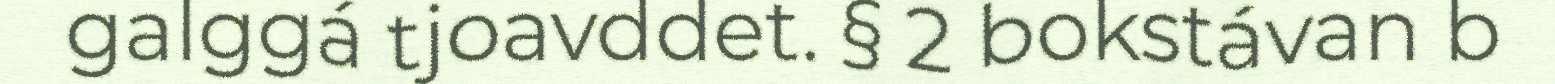
galggá tjoavddet. § 2 bokstávan b